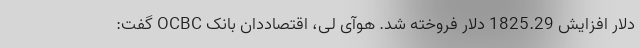
دلار افزایش 1825.29 دلار فروخته شد. هوآی لی، اقتصاددان بانک OCBC گفت: